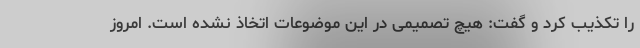
را تکذیب کرد و گفت: هیچ تصمیمی در این موضوعات اتخاذ نشده است. امروز